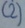
Text: (2)